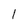
Character: 1